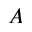
A